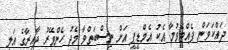
ދައްކަވަން ފެއްޓެވުމާ އެކު އެމްޑީޕީ އަށް ނިސްބަތްވާ މެދު ހެންވޭރު ދާއިރާގެ އަލީ